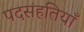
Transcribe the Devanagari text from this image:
पदसंहतियाँ